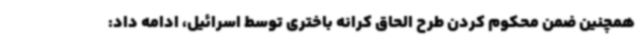
همچنین ضمن محکوم کردن طرح الحاق کرانه باختری توسط اسرائیل، ادامه داد: